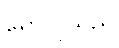
ရှောလုသည်